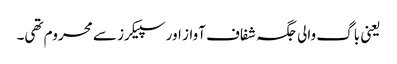
یعنی باگ والی جگہ شفاف آواز اور سپیکرز سے محروم تھی۔